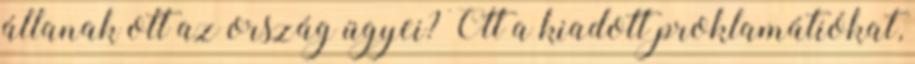
állanak ott az ország ügyei? Ott a kiadott proklamátiókat,